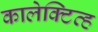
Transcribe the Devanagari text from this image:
कालेक्टिव्ह